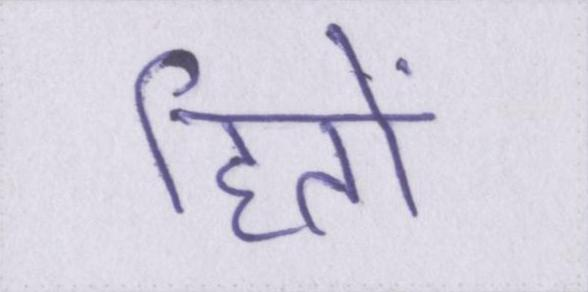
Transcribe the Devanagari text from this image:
हितों